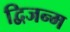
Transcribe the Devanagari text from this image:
द्विजन्‍म